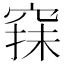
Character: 𥦤